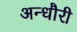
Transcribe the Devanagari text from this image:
अन्धौरी